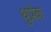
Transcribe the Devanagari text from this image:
थुप्रेक